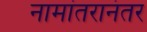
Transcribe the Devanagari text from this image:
नामांतरानंतर